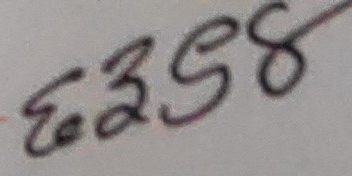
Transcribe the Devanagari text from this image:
६२३५८